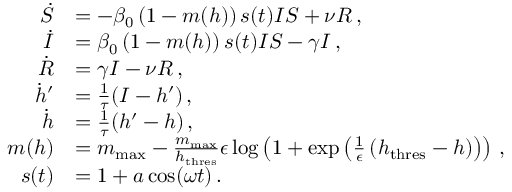
\begin{array} { r l } { \dot { S } } & { = - \beta _ { 0 } \left( 1 - m ( h ) \right) s ( t ) I S + \nu R \, , } \\ { \dot { I } } & { = \beta _ { 0 } \left( 1 - m ( h ) \right) s ( t ) I S - \gamma I \, , } \\ { \dot { R } } & { = \gamma I - \nu R \, , } \\ { \dot { h } ^ { \prime } } & { = \frac { 1 } { \tau } ( I - h ^ { \prime } ) \, , } \\ { \dot { h } } & { = \frac { 1 } { \tau } ( h ^ { \prime } - h ) \, , } \\ { m ( h ) } & { = m _ { \mathrm { m a x } } - \frac { m _ { \mathrm { m a x } } } { h _ { \mathrm { t h r e s } } } \epsilon \log \left( 1 + \exp \left( \frac { 1 } { \epsilon } \left( h _ { \mathrm { t h r e s } } - h \right) \right) \right) \, , } \\ { s ( t ) } & { = 1 + a \, \mathrm { c o s } ( \omega t ) \, . } \end{array}